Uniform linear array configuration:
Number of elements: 32
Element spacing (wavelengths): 0.75
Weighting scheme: blackman
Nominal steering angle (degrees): -60
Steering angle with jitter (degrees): -59.814
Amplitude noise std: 0.05
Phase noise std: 0.05

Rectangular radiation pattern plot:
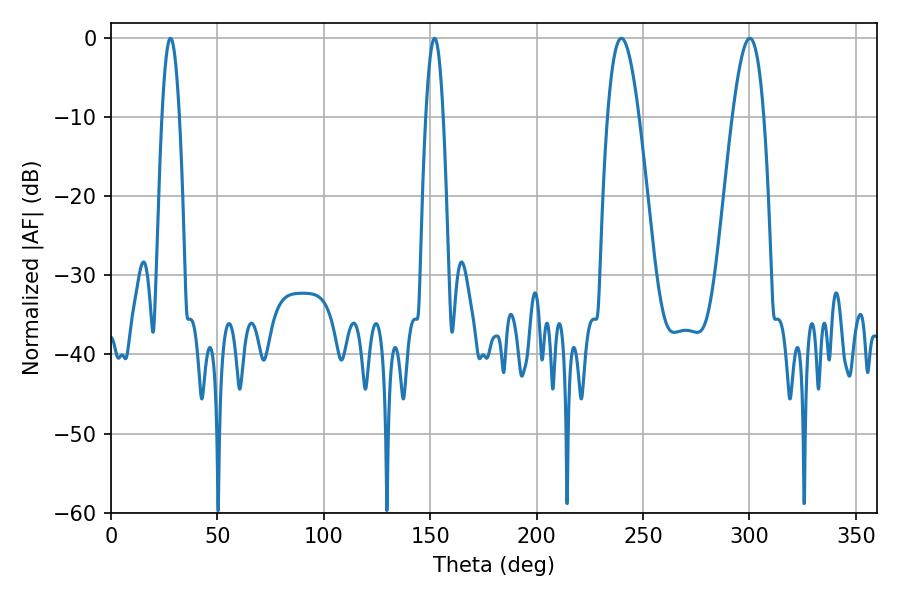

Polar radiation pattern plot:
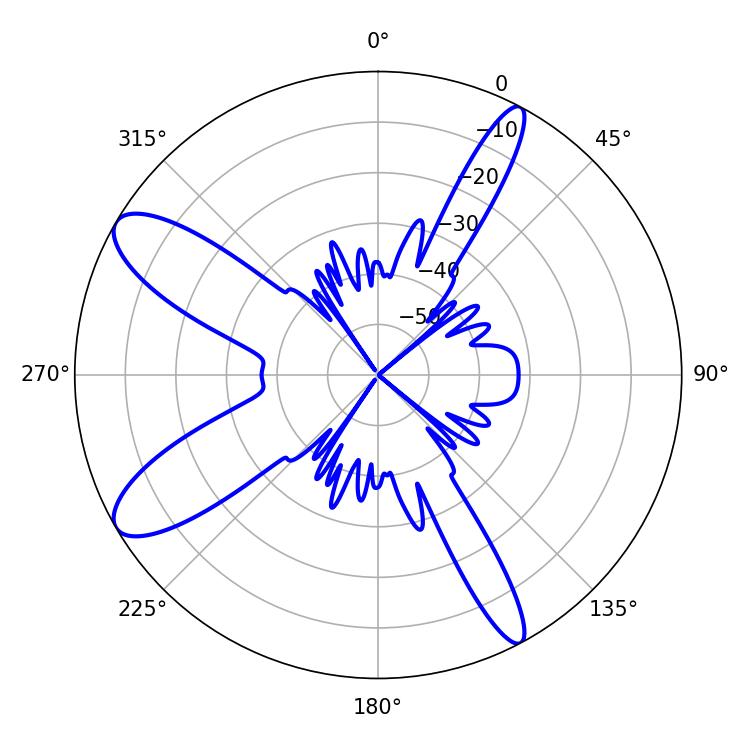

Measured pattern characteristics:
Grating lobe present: TRUE
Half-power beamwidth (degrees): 7.92
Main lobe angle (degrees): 300.24